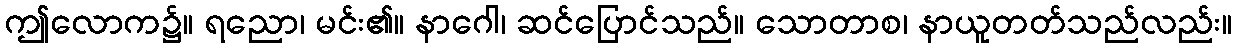
ဤလောက၌။ ရညော၊ မင်း၏။ နာဂေါ၊ ဆင်ပြောင်သည်။ သောတာစ၊ နာယူတတ်သည်လည်း။